Vaccination Hyderabad 1890-1903 - 1890-1903
Year: 1890
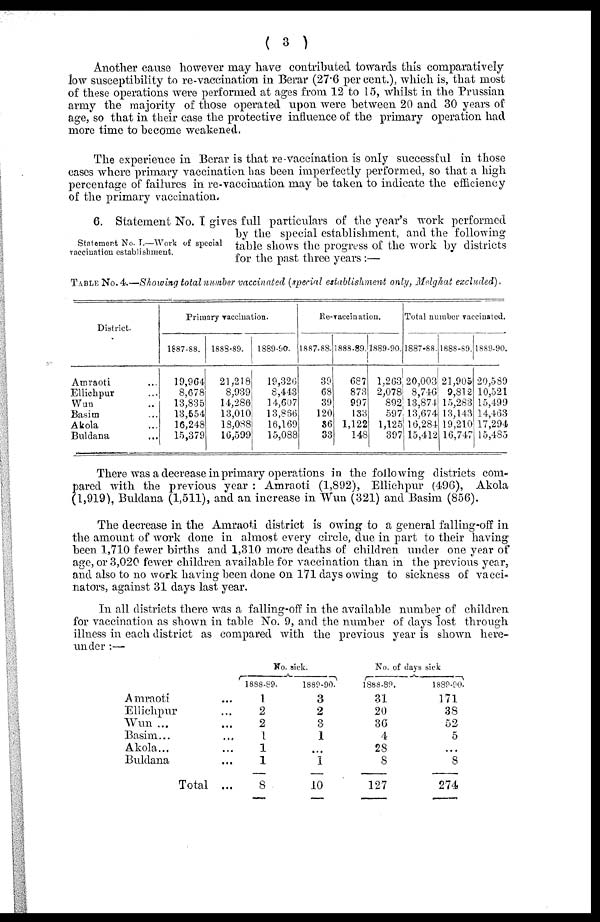
( 3 )
Another cause however may have contributed towards this comparatively
low susceptibility to re-vaccination in Berar (27.6 per cent.), which is, that most
of these operations were performed at ages from 12 to 15, whilst in the Prussian
army the majority of those operated upon were between 20 and 30 years of
age, so that in their case the protective influence of the primary operation had
more time to become weakened.
The experience in Berar is that re-vaccination is only successful in those
cases where primary vaccination has been imperfectly performed, so that a high
percentage of failures in re-vaccination may be taken to indicate the efficiency
of the primary vaccination.
Statement No. I. Work of special
vaccination establishment.
6. Statement No. I gives full particulars of the year's work performed
by the special establishment, and the following
table shows the progress of the work by districts
for the past three years:—
TABLE No. 4.—Showing total number vaccinated (special establishment only, Melghat excluded).
District.
Amraoti ...
Ellichpur ...
Wun ...
Basim ...
Akola ...
Buldana ...
Primary vaccination.
1887-88.
19,964
8,678
13,835
13,554
16,248
15,379
1888-89.
21,218
8,939
14,286
13,010
18,088
16,599
1889-90.
19,326
8,443
14,607
13,866
16,169
15,088
Re-vaccination.
1887-88
39
68
39
120
36
33
1888-89
687
873
997
133
1,122
148
1889-90.
1,263
2,078
892
597
1,125
397
Total number vaccinated.
1887-88.
20,003
8,746
13,874
13,674
16,284
15,412
1888-89.
21,905
9,812
15,283
13,143
19,210
16,747
1889-90.
20,589
10,521
15,499
14,463
17,294
15,485
There was a decrease in primary operations in the following districts com-
pared with the previous year : Amraoti (1,892), Ellichpur (496), Akola
(1,919), Buldana (1,511), and an increase in Wun (321) and Basim (856).
The decrease in the Amraoti district is owing to a general falling-off in
the amount of work done in almost every circle, due in part to their having
been 1,710 fewer births and 1,310 more deaths of children under one year of
age, or 3,020 fewer children available for vaccination than in the previous year,
and also to no work having been done on 171 days owing to sickness of vacci-
nators, against 31 days last year.
In all districts there was a falling-off in the available number of children
for vaccination as shown in table No. 9, and the number of days lost through
illness in each district as compared with the previous year is shown here-
under :—
Amraoti ...
Ellichpur ...
Wun ...
Basim...
Akola...
Buldana ...
Total ...
No. sick.
1888-89.
1
2
2
1
1
1
8
1889-90.
3
2
3
1
...
1
10
No. of days sick
1888-89.
31
20
36
4
28
8
127
1889-90.
171
38
52
5
...
8
274